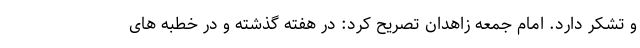
و تشکر دارد. امام جمعه زاهدان تصریح کرد: در هفته گذشته و در خطبه های